Indian journal of veterinary science and animal husbandry - Volume 5,
Year: 1935
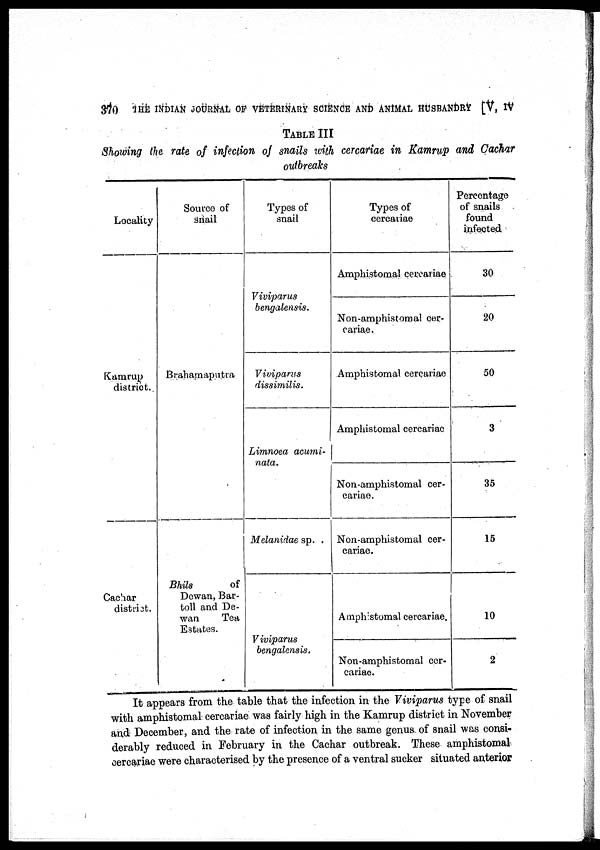
370 THE INDIAN JOURNAL OF VETERINARY SCIENCE AND ANIMAL HUSBANDRY [V, IV
TABLE III
Showing the rate of infection of snails with cercariae in Kamrup and Cachar
outbreaks
Locality
Kamrup
district.
Cachar
district.
Source of
Snail
Brahamaputra
Bhils
of
Dewan, Bar¬
toll and De.
wan
Tea
Estates.
Types of
snail
Viviparus
bengalensis.
Viviparus
dissimilis.
Limnoea acumi-
nata.
Melanidae sp.
Viviparus
bengalensis.
Types of
cercariae
Amphistomal cercariae
Non.amphistomal cer-
cariae.
Amphistomal cercariae
Amphistomal cercariae
Non-amphistomal cer-
cariae.
Non.amphistomal cer-
cariae.
Amphistomal cercariae.
Non-amphistomal cer-
cariae.
Percentage
of snails
found
infected
30
20
50
3
35
15
10
2
It appears from the table that the infection in the Viviparus type of snail
with amphistomal cercariae was fairly high in the Kamrup district in November
and December, and the rate of infection in the same genus of snail was consi-
derably reduced in February in the Cachar outbreak. These amphistomal
cercariae were characterised by the presence of a ventral sucker situated anterior